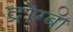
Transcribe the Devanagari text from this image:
द्रोग्बा